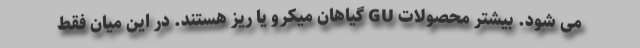
می شود. بیشتر محصولات GU گیاهان میکرو یا ریز هستند. در این میان فقط